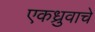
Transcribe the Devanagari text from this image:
एकध्रुवाचे